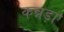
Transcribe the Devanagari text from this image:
कन्नड़ा